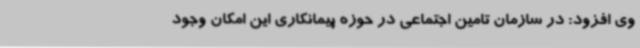
وی افزود: در سازمان تامین اجتماعی در حوزه پیمانکاری این امکان وجود